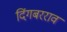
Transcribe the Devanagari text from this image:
दिंगबरराव